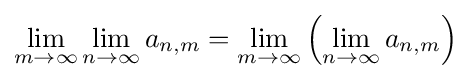
\lim _{m\to \infty }\lim _{n\to \infty }a_{n,m}=\lim _{m\to \infty }\left(\lim _{n\to \infty }a_{n,m}\right)